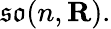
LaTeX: {\mathfrak{so}}(n,\mathbf{R}).